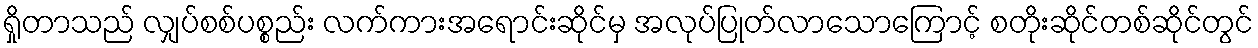
ရှိုတာသည် လျှပ်စစ်ပစ္စည်း လက်ကားအရောင်းဆိုင်မှ အလုပ်ပြုတ်လာသောကြောင့် စတိုးဆိုင်တစ်ဆိုင်တွင်